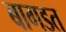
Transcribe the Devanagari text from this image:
बागडत